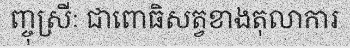
ញ្ចុស្រីៈ ជាពោធិសត្វខាងតុលាការ